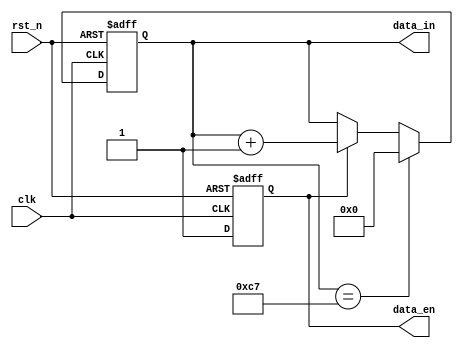
`timescale 1ps/1ps
module data_gen(
	input				clk,
	input				rst_n,

	output	reg			data_en,
	output	reg [15:0]	data_in
);

always @(posedge clk or negedge rst_n) begin
	if(rst_n == 1'b0)begin
		data_en <= 1'b0;
	end
	else
		data_en <= 1'b1;
end

always @(posedge clk or negedge rst_n)begin
	if(rst_n == 1'b0)
		data_in	<= 16'd0;
	else if(data_in == 16'd199)
		data_in <= 16'd0;
	else if(data_en)
		data_in <= data_in + 1'd1;
	else
		data_in <= data_in;
end


endmodule